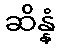
ဆိန္နံ